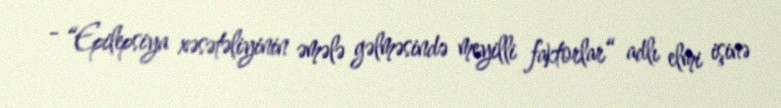
- “Epilepsiya xəsətəliyinin əmələ gəlməsində meyilli faktorlar“ adlı elmi işinə